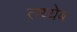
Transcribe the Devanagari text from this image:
तय्येब